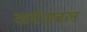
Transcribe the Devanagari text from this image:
कर्षणबल